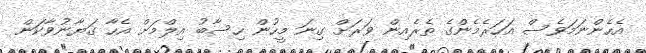
އެހެންނަމަވެސް އަހަރެމެންގެ ތެރެއިން ވަރަށް ގިނަ މީހުން ހިސާބު އިލްމަށް އެހާ ގަޔާނުވާކަން